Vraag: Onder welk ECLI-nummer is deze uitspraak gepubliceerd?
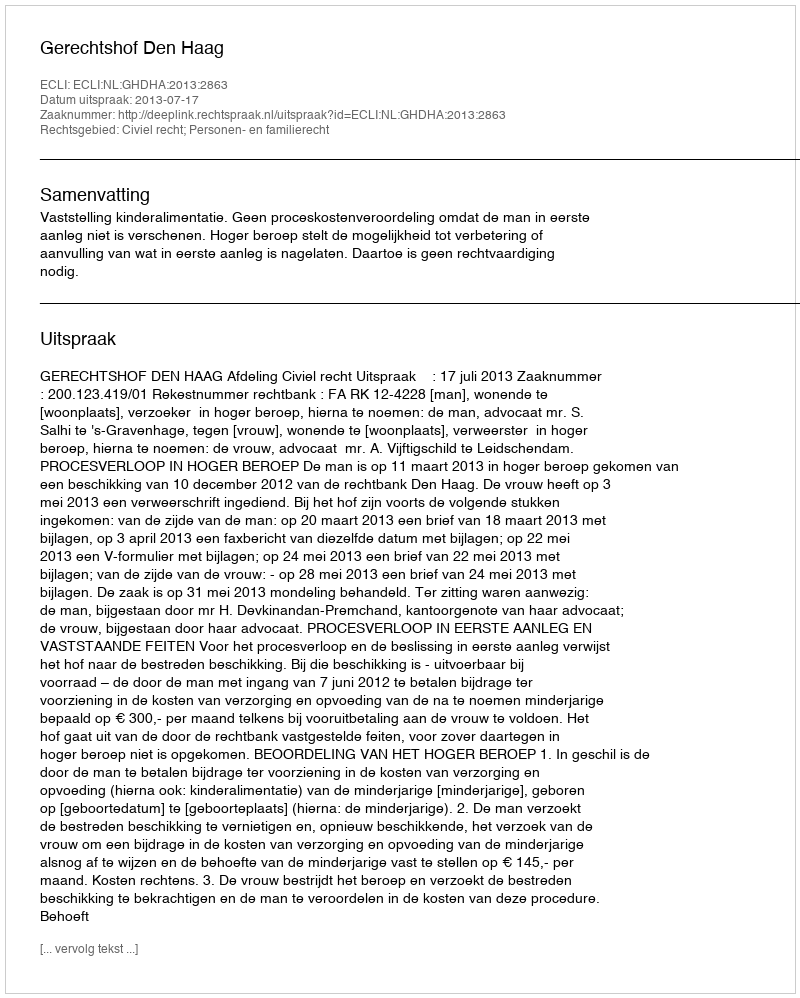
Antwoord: ECLI:NL:GHDHA:2013:2863